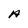
Character: A